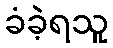
ခံခဲ့ရသူ